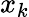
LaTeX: x_{k}